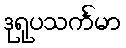
ဒုရုပသင်္ကမာ